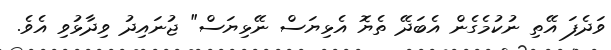
ވަދެފަ އޭތި ނުކުމެގެން އެބަދޭ ތެޔޮ އެޅިޔަސް ނޭޅިޔަސް" ޖުނައިދު ވިދާޅުވި އެވެ.